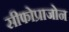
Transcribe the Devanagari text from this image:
सीफोप्राजोन